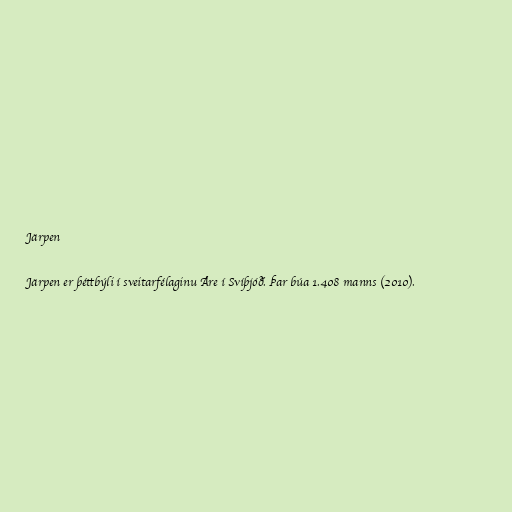
Järpen

Järpen er þéttbýli í sveitarfélaginu Åre í Svíþjóð. Þar búa 1.408 manns (2010).